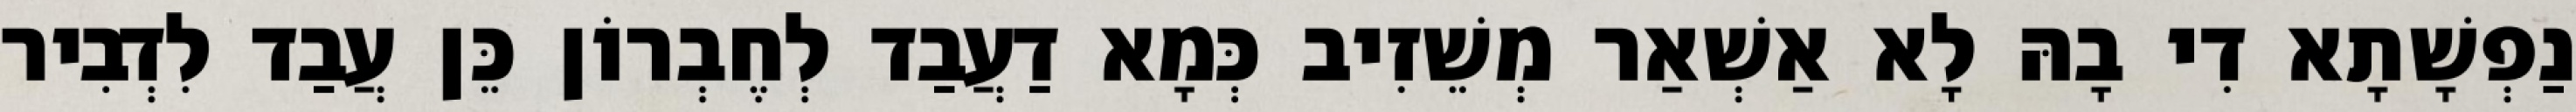
נַפְשָׁתָא דִי בָהּ לָא אַשְׁאַר מְשֵׁזִיב כְּמָא דַעֲבַד לְחֶבְרוֹן כֵּן עֲבַד לִדְבִיר